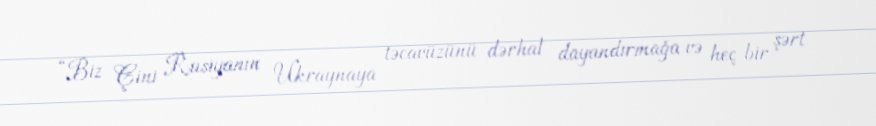
“Biz Çini Rusiyanın Ukraynaya təcavüzünü dərhal dayandırmağa və heç bir şərt